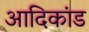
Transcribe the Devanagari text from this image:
आदिकांड